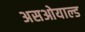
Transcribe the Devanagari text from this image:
असओयाल्ड